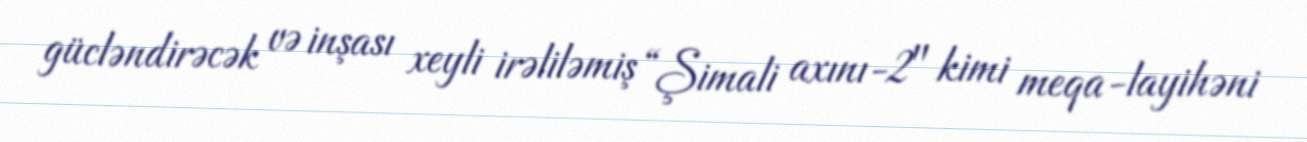
gücləndirəcək və inşası xeyli irəliləmiş “Şimali axını-2" kimi meqa-layihəni